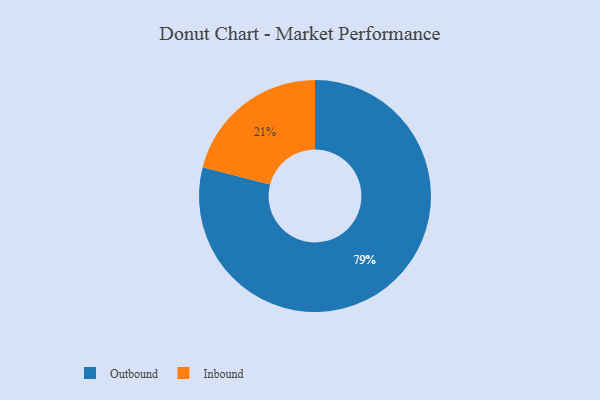
{"axis": {"x": "Category", "y": "Percentage"}, "legend": ["Inbound", "Outbound"], "data": [{"x": "Outbound", "y": 79, "type": "Outbound"}, {"x": "Inbound", "y": 21, "type": "Inbound"}]}